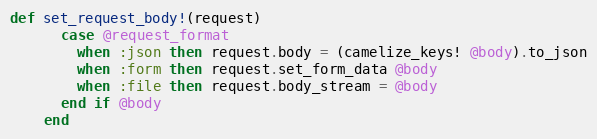
Language: Ruby
def set_request_body!(request)
      case @request_format
        when :json then request.body = (camelize_keys! @body).to_json
        when :form then request.set_form_data @body
        when :file then request.body_stream = @body
      end if @body
    end